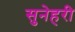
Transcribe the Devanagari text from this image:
सुनेहरी